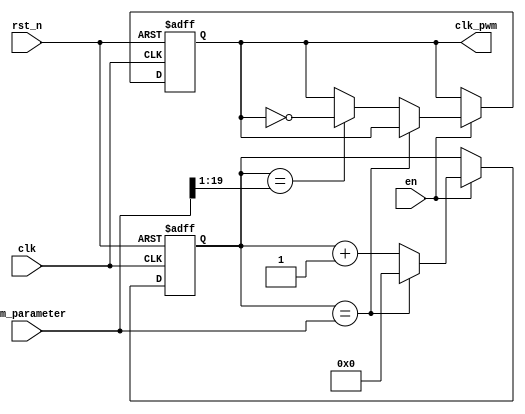
module tune_pwm (
    input                clk,
    input                en,
    input                rst_n,
    input        [19:0]  pwm_parameter,
    output  reg          clk_pwm
);

reg [19:0] cnt;
always @(posedge clk, negedge rst_n) begin
    if(!rst_n)begin
        cnt <= 20'd0;
        clk_pwm <= 1'b0;
    end
    else begin
        if (en) begin
            if (cnt == pwm_parameter) begin
                cnt <= 20'd0;
            end else begin
                if (cnt == (pwm_parameter>>1)) begin
                    clk_pwm <= ~clk_pwm;
                end else begin
                    clk_pwm <= clk_pwm;
                end
                cnt <= cnt + 1'b1;
            end           
        end else begin
            cnt <= cnt;
            clk_pwm <= clk_pwm;
        end
    end
end

endmodule